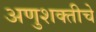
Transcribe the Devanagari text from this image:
अणुशक्तीचे